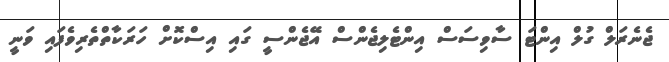
ޖެނެރަލް ގުލް އިންޓަ ސާވިސަސް އިންޓެލިޖެންސް އޭޖެންސީ ގައި އިސްކޮށް ހަރަކާތްތެރިވެފައި ވަނީ